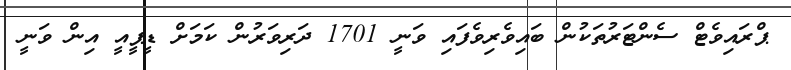
ޕްރައިވެޓް ސެންޓަރުތަކުން ބައިވެރިވެފައި ވަނީ 1701 ދަރިވަރުން ކަމަށް ޑީޕީއީ އިން ވަނީ